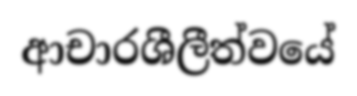
ආචාරශීලීත්වයේ